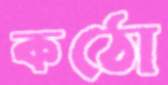
কঠো